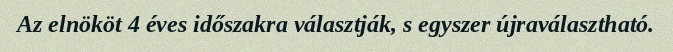
Az elnököt 4 éves időszakra választják, s egyszer újraválasztható.